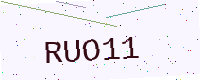
Text: RUO11